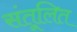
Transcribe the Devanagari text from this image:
संतूलित